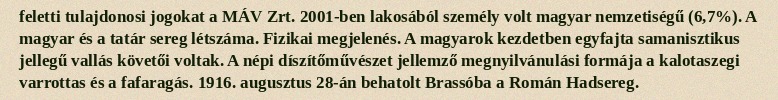
feletti tulajdonosi jogokat a MÁV Zrt. 2001-ben lakosából személy volt magyar nemzetiségű (6,7%). A magyar és a tatár sereg létszáma. Fizikai megjelenés. A magyarok kezdetben egyfajta samanisztikus jellegű vallás követői voltak. A népi díszítőművészet jellemző megnyilvánulási formája a kalotaszegi varrottas és a fafaragás. 1916. augusztus 28-án behatolt Brassóba a Román Hadsereg.